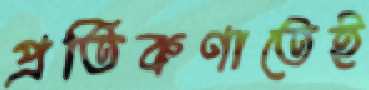
প্রতিকণাতেই